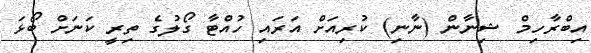
އިބްރާހިމް ޝިނާން (ނާނި) ކުރިއަށް އަރައި ހުއްޓާ ގޯލުގެ ތިރީ ކަނަށް ބޯޅަ